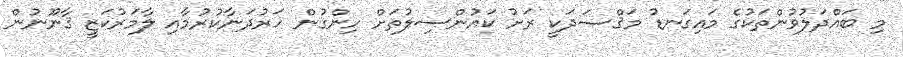
މި ބައްދަލުވުންތަކުގެ މައިގަނޑު މަޤްޞަދަކީ ރަށު ކައުންސިލުތަށް ހިންގުން ހަރުދަނާކުރުމާއި ލާމަރުކަޒީ ޤާނޫނުން